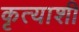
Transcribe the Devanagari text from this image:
कृत्याशी